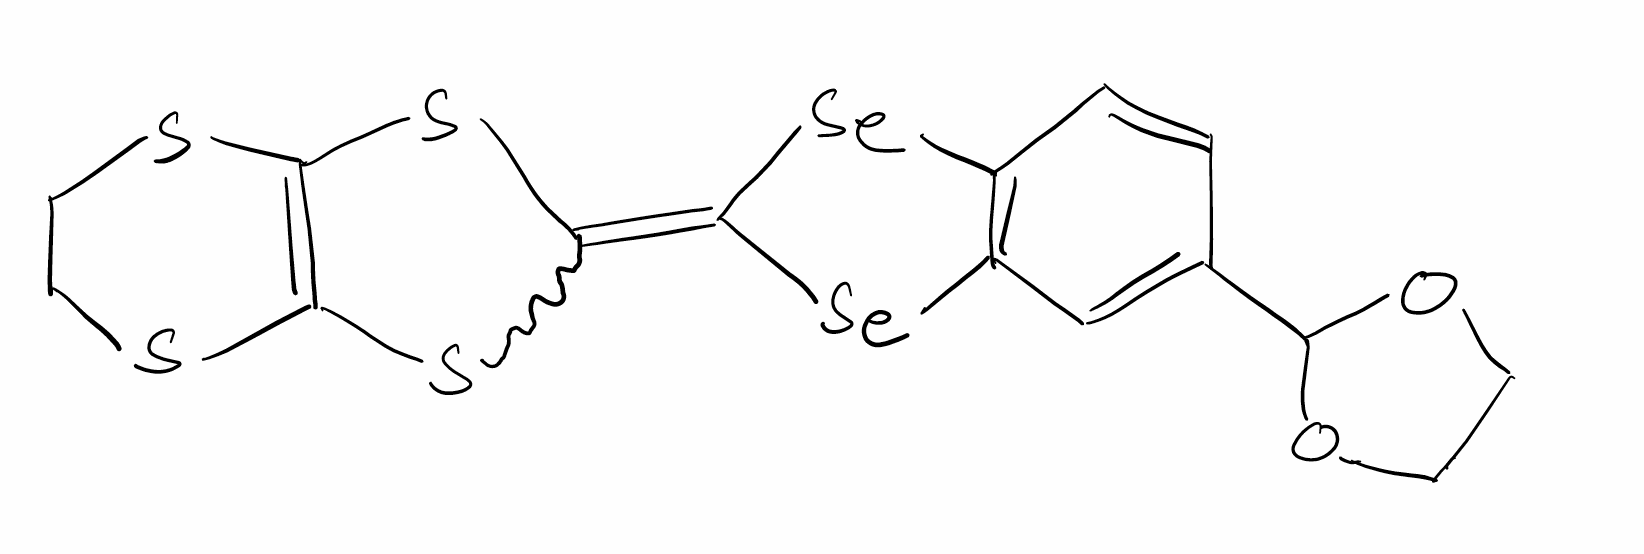
Simplified molecular-input line-entry system (SMILES) notation of the given molecule:
C1COC(O1)C2=CC3=C(C=C2)[Se]C(=C4SC5=C(S4)SCCS5)[Se]3